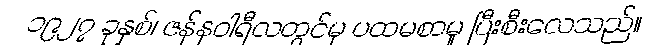
၁၉၂၇ ခုနှစ်၊ ဇန်နဝါရီလတွင်မှ ပထမစာမူ ပြီးစီးလေသည်။